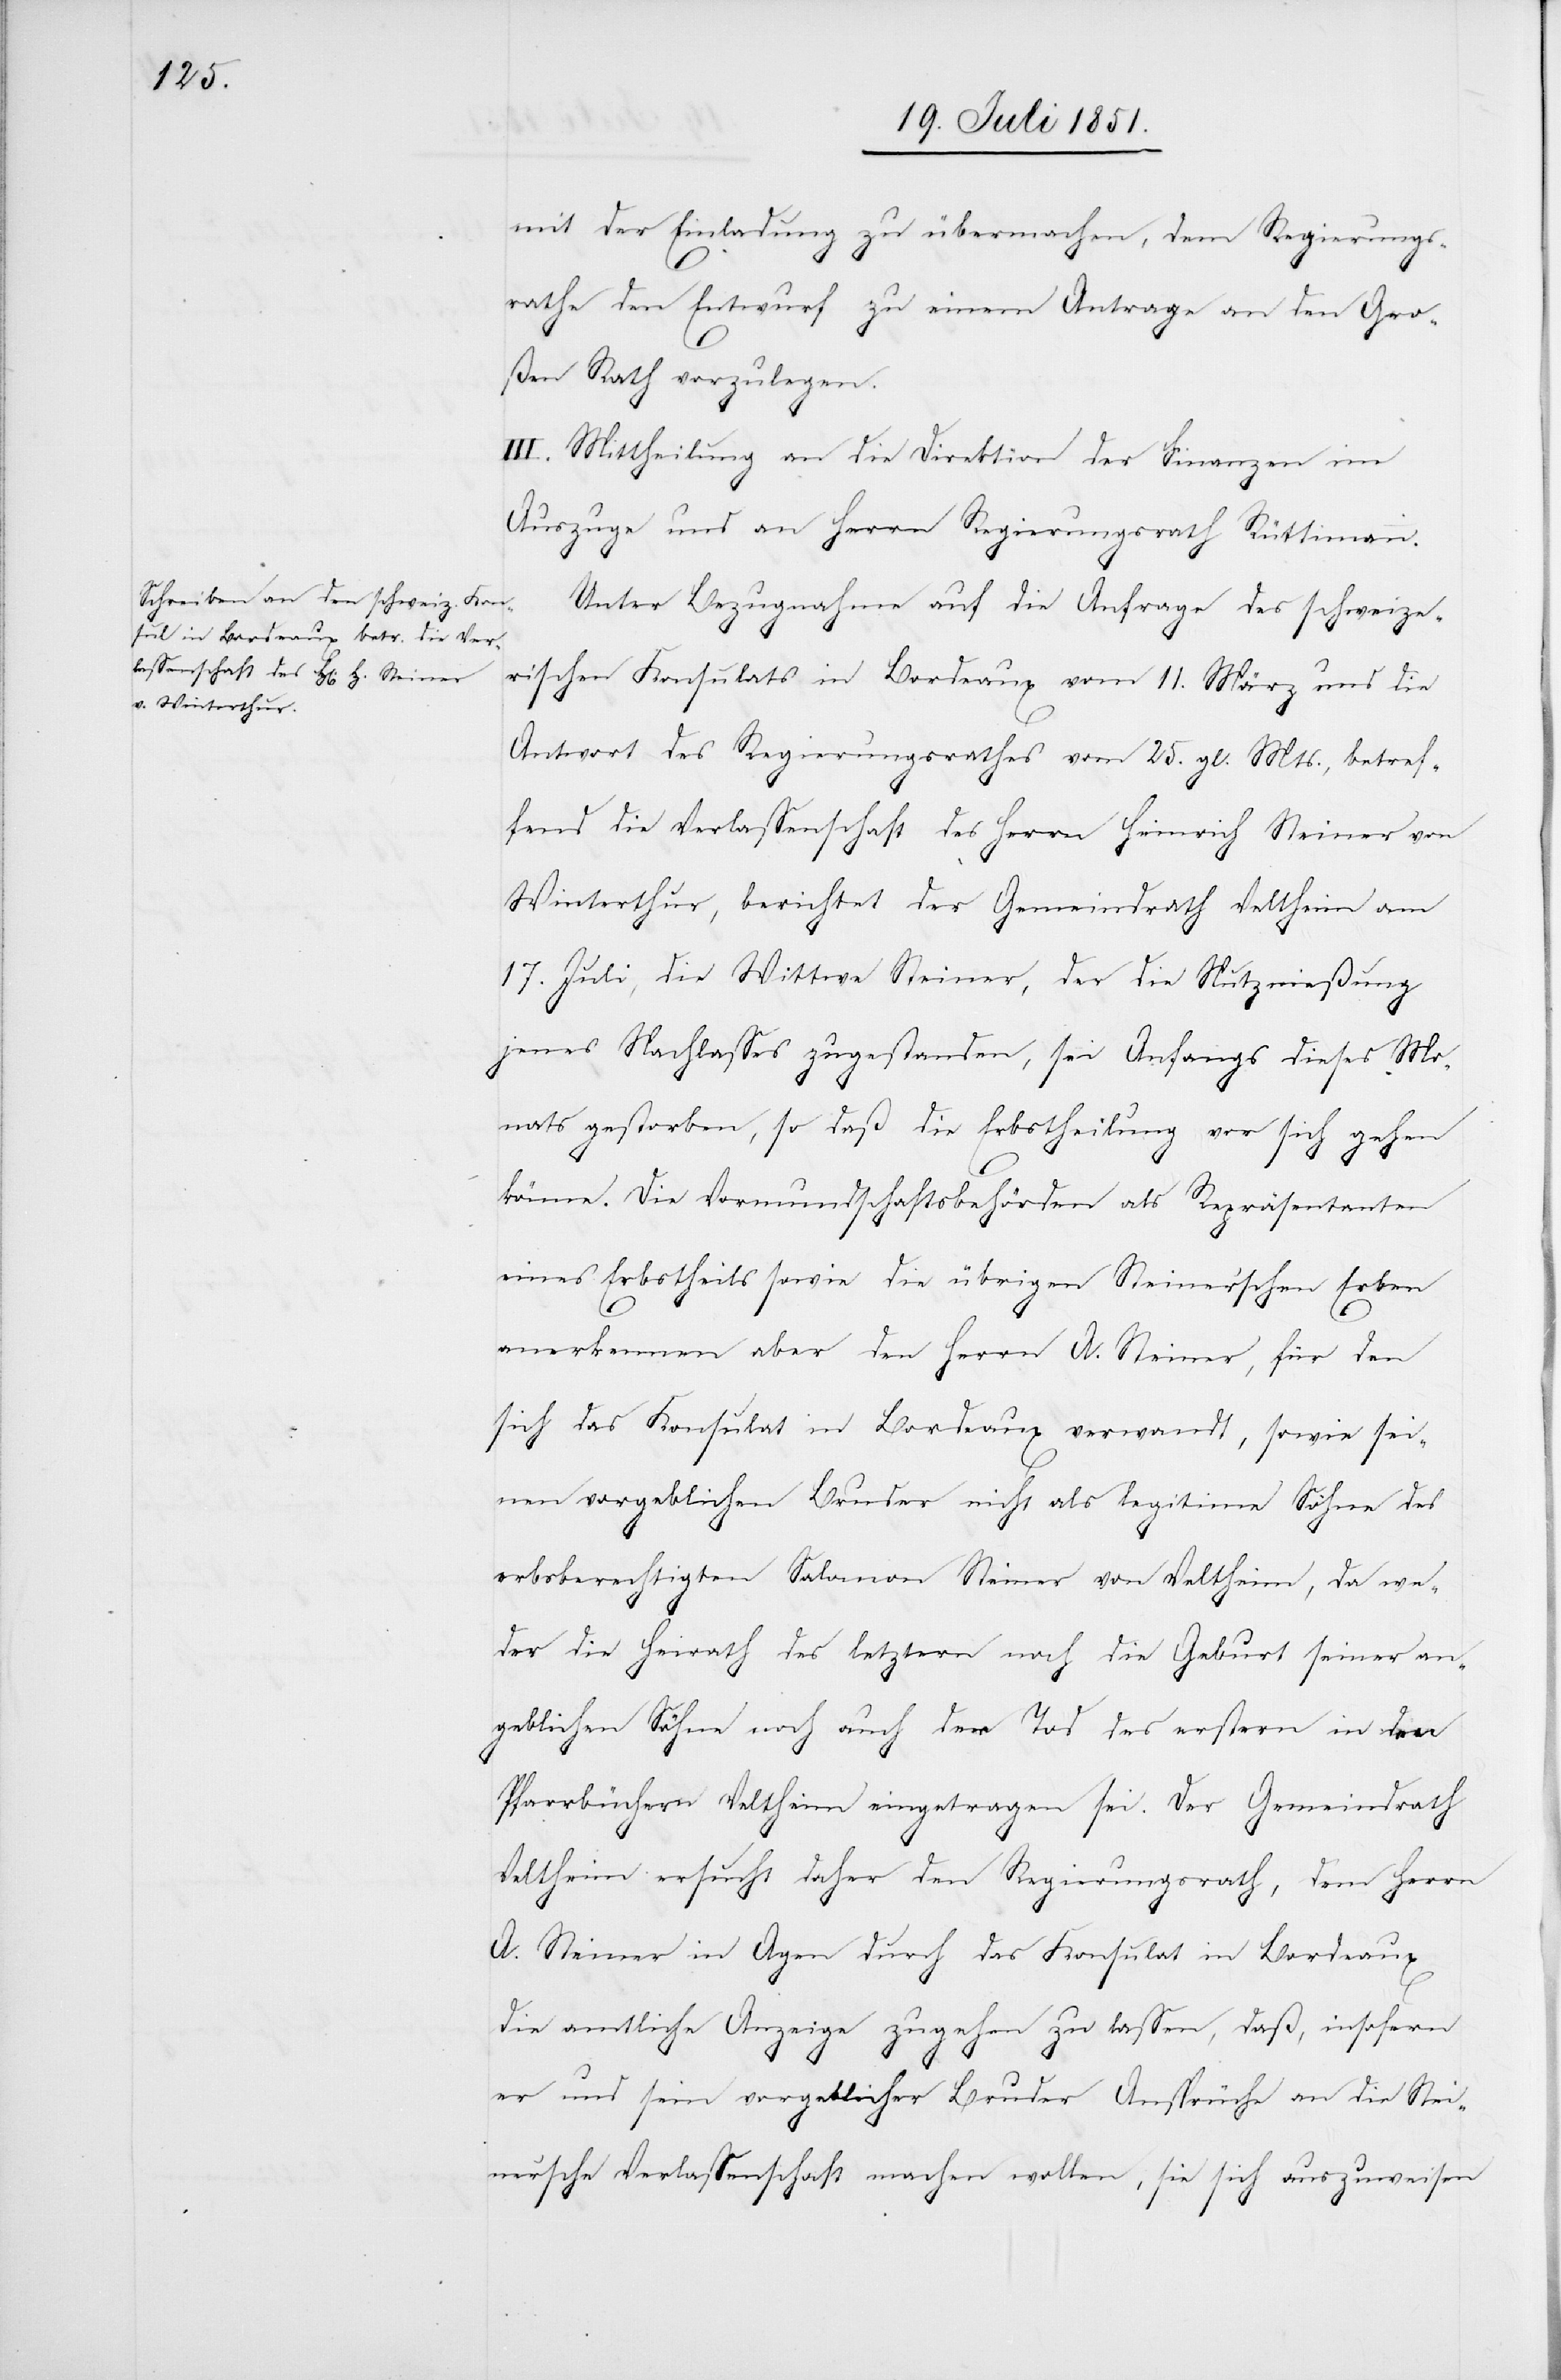
mit der Einladung
zu übermachen, dem Regierungs¬
rathe den Entwurf
zu einem Antrage an den Gro¬
ßen Rath vorzulegen.
III. Mittheilung an die Direktion der Finanzen im
Auszuge und an Herrn Regierungsrath Rüttimann.
Unter Bezugnahme auf die Anfrage des schweize¬
rischen Konsulats in Bordeaux vom 11. März und die
Antwort des Regierungsrathes vom 25. gl. Mts., betref¬
fend die Verlassenschaft des Herrn Heinrich Steiner von
Winterthur, berichtet der Gemeindrath Veltheim am
17. Juli, die Wittwe Steiner, der die Nutznießung
jenes Nachlasses zugestanden, sei Anfangs dieses Mo¬
nats gestorben, so daß die Erbstheilung vor sich gehen
könne. Die Vormundschaftsbehörden als Repräsentanten
eines Erbstheils sowie die übrigen Steiner’schen Erben
anerkennen aber den Herrn A. Steiner, für den
sich das Konsulat in Bordeaux verwandt, sowie sei¬
nen vorgeblichen Bruder nicht als legitime Söhne des
erbsberechtigten Salomon Steiner von Veltheim, da we¬
der die Heirath des letztern noch die Geburt seiner an¬
geblichen Söhne noch auch der Tod des erstern in den
Pfarrbüchern Veltheim eingetragen sei. Der Gemeindrath
Veltheim ersucht daher den Regierungsrath, dem Herrn
A. Steiner in Agen durch das Konsulat in Bordeaux
die amtliche Anzeige zugehen zu lassen, daß, insofern
er und sein vorgeblicher Bruder Ansprüche an die Stei¬
ner’sche Verlassenschaft machen wollen, sie sich auszuweisen